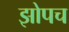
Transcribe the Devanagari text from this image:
झोपच